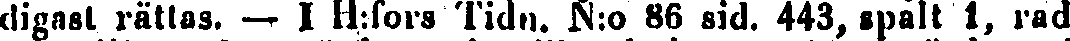
digast rättas. — I H:fors Tidn. N:o 86 sid. 443, spalt 1, rad